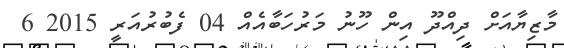
މާޒިޔާއަށް ދިއްދޫ އިން ހޫނު މަރުހަބާއެއް 04 ފެބުރުއަރީ 2015 6